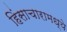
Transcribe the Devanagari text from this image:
हिंसाचारामध्ये